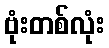
ဗုံးတစ်လုံး